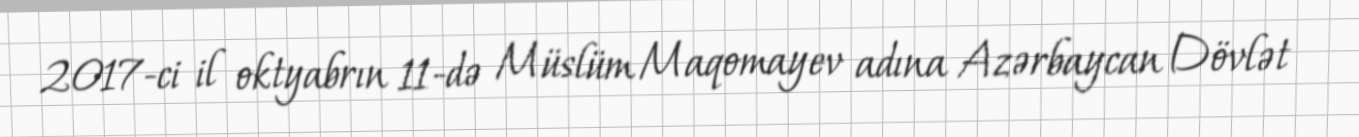
2017-ci il oktyabrın 11-də Müslüm Maqomayev adına Azərbaycan Dövlət